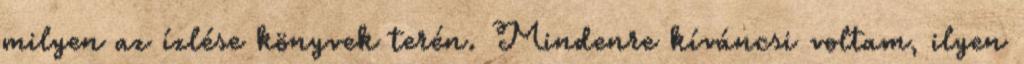
milyen az ízlése könyvek terén. Mindenre kíváncsi voltam, ilyen